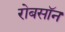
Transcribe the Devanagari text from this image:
रोबसॉन